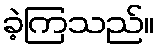
ခဲ့ကြသည်။